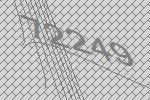
72249